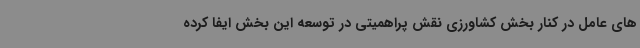
های عامل در کنار بخش کشاورزی نقش پراهمیتی در توسعه این بخش ایفا کرده